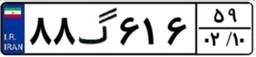
۸۸گ۶۱۶۵۹